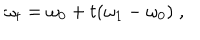
LaTeX: \omega _ { t } = \omega _ { 0 } + t ( \omega _ { 1 } - \omega _ { 0 } ) \; ,